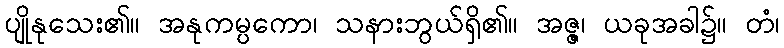
ပျိုနုသေး၏။ အနုကမ္ပကော၊ သနားဘွယ်ရှိ၏။ အဇ္ဇ၊ ယခုအခါ၌။ တံ၊